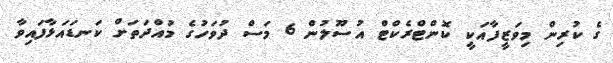
ގެ ކުރިން މިވަޒީފާއަކީ ކޮންޓްރެކްޓް އުސޫލުން 6 މަސް ދުވަހުގެ މުއްދަތަށް ކަނޑައަޅާފައިވާ